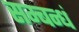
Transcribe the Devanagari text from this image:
सम्बन्धं